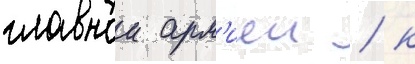
главнои арм'иеи / к